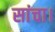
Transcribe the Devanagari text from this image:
सांचा।